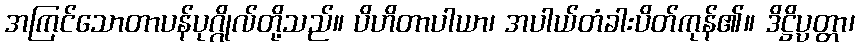
အကြင်သောတာပန်ပုဂ္ဂိုလ်တို့သည်။ ပိဟိတာပါယာ၊ အပါယ်တံခါးပိတ်ကုန်၏။ ဒိဋ္ဌိပ္ပတ္တာ၊